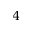
4